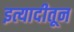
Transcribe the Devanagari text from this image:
इत्यादीतून